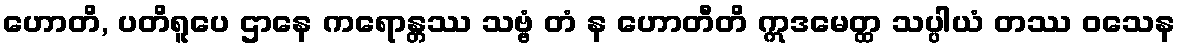
ဟောတိ, ပတိရူပေ ဌာနေ ကရောန္တဿ သဗ္ဗံ တံ န ဟောတီတိ ဣဒမေတ္ထ သပ္ပါယံ တဿ ဝသေန